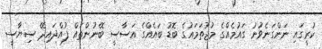
ކުރީގައި ނަންގަނެވުނު ގައުމެއްގެ މުޖުތަމައުގެ ބޮޑު ބައެއްގެ އަސާސީ ބޭނުންތައް ފުއްދައިދޭ ސިޔާސީ